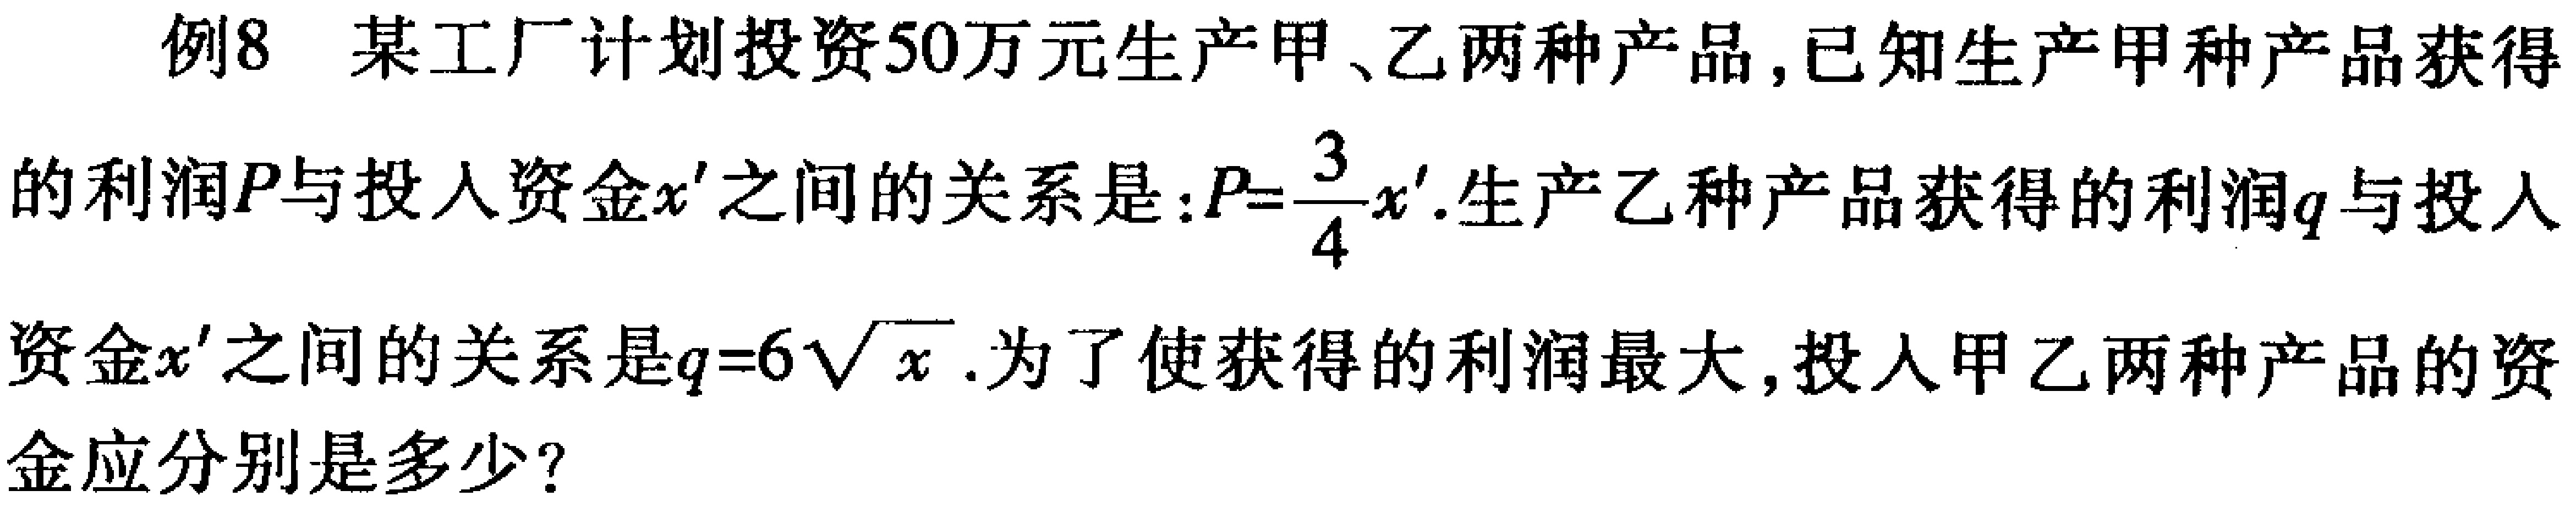
例8 某工厂计划投资50万元生产甲、乙两种产品,已知生产甲种产品获得的利润\(P\)与投入资金\(x'\)之间的关系是：\(P = \frac{3}{4}x'\).生产乙种产品获得的利润\(q\)与投入资金\(x'\)之间的关系是\(q = 6\sqrt{x}\).为了使获得的利润最大,投入甲乙两种产品的资金应分别是多少?